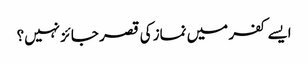
ایسے کفر میں نماز کی قصر جائز نہیں؟